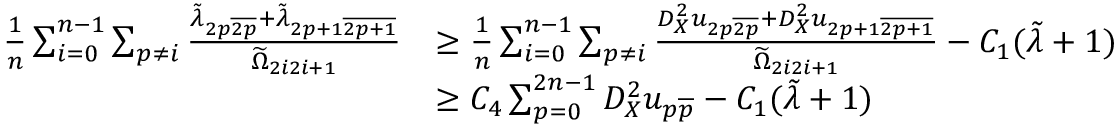
\begin{array} { r l } { \frac { 1 } { n } \sum _ { i = 0 } ^ { n - 1 } \sum _ { p \neq i } \frac { \Tilde { \lambda } _ { 2 p \overline { { 2 p } } } + \Tilde { \lambda } _ { 2 p + 1 \overline { { 2 p + 1 } } } } { \widetilde { \Omega } _ { 2 i 2 i + 1 } } } & { \geq \frac { 1 } { n } \sum _ { i = 0 } ^ { n - 1 } \sum _ { p \neq i } \frac { D _ { X } ^ { 2 } u _ { 2 p \overline { { 2 p } } } + D _ { X } ^ { 2 } u _ { 2 p + 1 \overline { { 2 p + 1 } } } } { \widetilde { \Omega } _ { 2 i 2 i + 1 } } - C _ { 1 } ( \Tilde { \lambda } + 1 ) } \\ & { \geq C _ { 4 } \sum _ { p = 0 } ^ { 2 n - 1 } D _ { X } ^ { 2 } u _ { p \overline { { p } } } - C _ { 1 } ( \Tilde { \lambda } + 1 ) } \end{array}